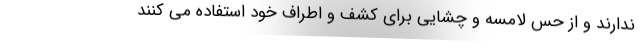
ندارند و از حس لامسه و چشایی برای کشف و اطراف خود استفاده می کنند